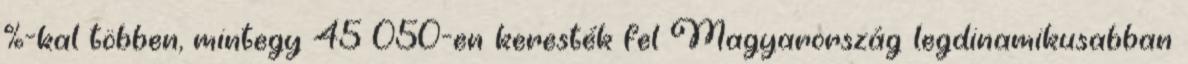
%-kal többen, mintegy 45 050-en keresték fel Magyarország legdinamikusabban